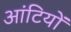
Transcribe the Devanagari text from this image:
आंटियों